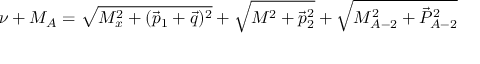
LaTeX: \nu + M _ { A } = \sqrt { M _ { x } ^ { 2 } + ( \vec { p } _ { 1 } + \vec { q } ) ^ { 2 } } + \sqrt { M ^ { 2 } + \vec { p } _ { 2 } ^ { 2 } } + \sqrt { M _ { A - 2 } ^ { 2 } + \vec { P } _ { A - 2 } ^ { 2 } }